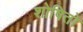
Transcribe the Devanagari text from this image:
शोषितो